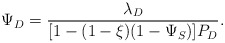
\begin{align*}\Psi_D = \frac{\lambda_D}{[1-(1-\xi)(1-\Psi_S)]P_D}.\end{align*}